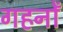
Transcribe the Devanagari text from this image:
गहनोँ